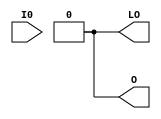
module LUT1_D (LO, O, I0);

    parameter INIT = 2'h0;

    input I0;

    output LO, O;
    
    wire LO, O;

    assign O = (INIT[0] == INIT[1]) ? INIT[0] : INIT[I0];
    assign LO = O;

endmodule